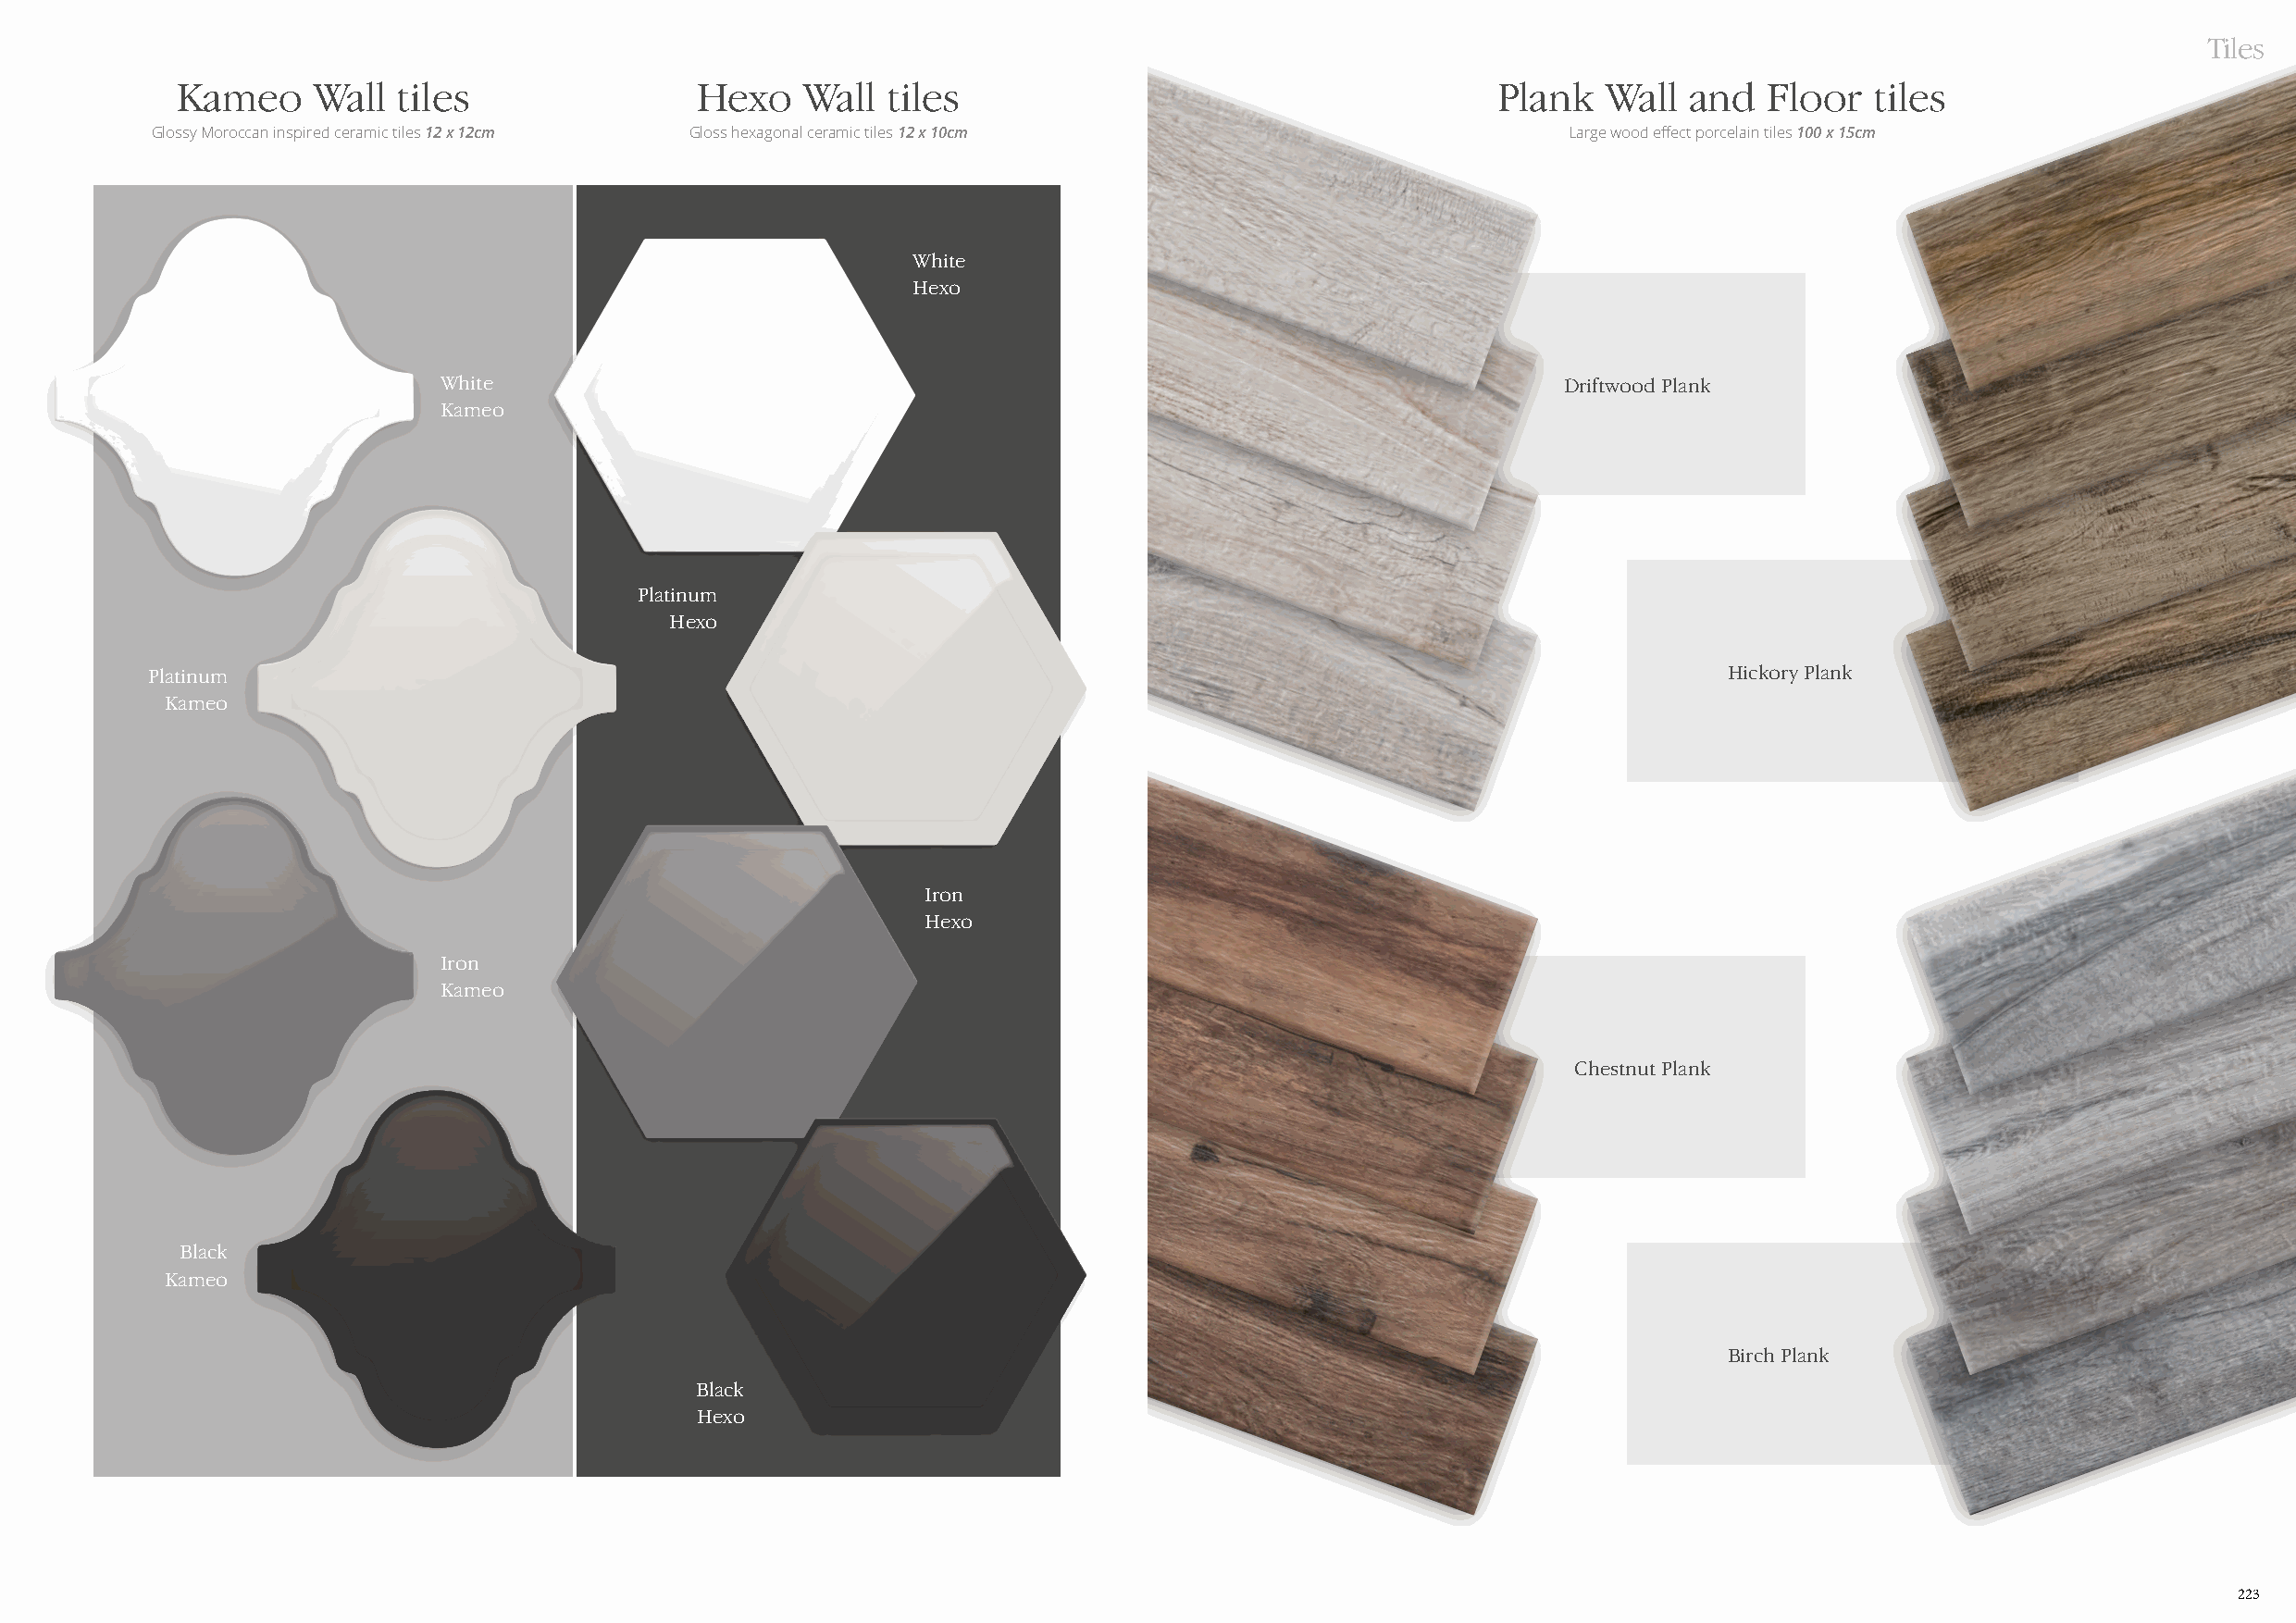
Tiles
 Kameo    Wall  tiles                 Hexo   Wall  tiles                                       Plank   Wall  and  Floor   tiles
 Glossy Moroccan inspired ceramic tiles 12 x 12cm Gloss hexagonal ceramic tiles 12 x 10cm             Large wood effect porcelain tiles 100 x 15cm
 White
 Hexo
 White                                                                           Driftwood Plank
 Kameo
 Platinum
 Hexo
 Platinum                                                                                                         Hickory Plank
 Kameo
 Iron
 Hexo
 Iron
 Kameo
 Chestnut Plank
 Black
 Kameo
 Birch Plank
 Black
 Hexo
 223